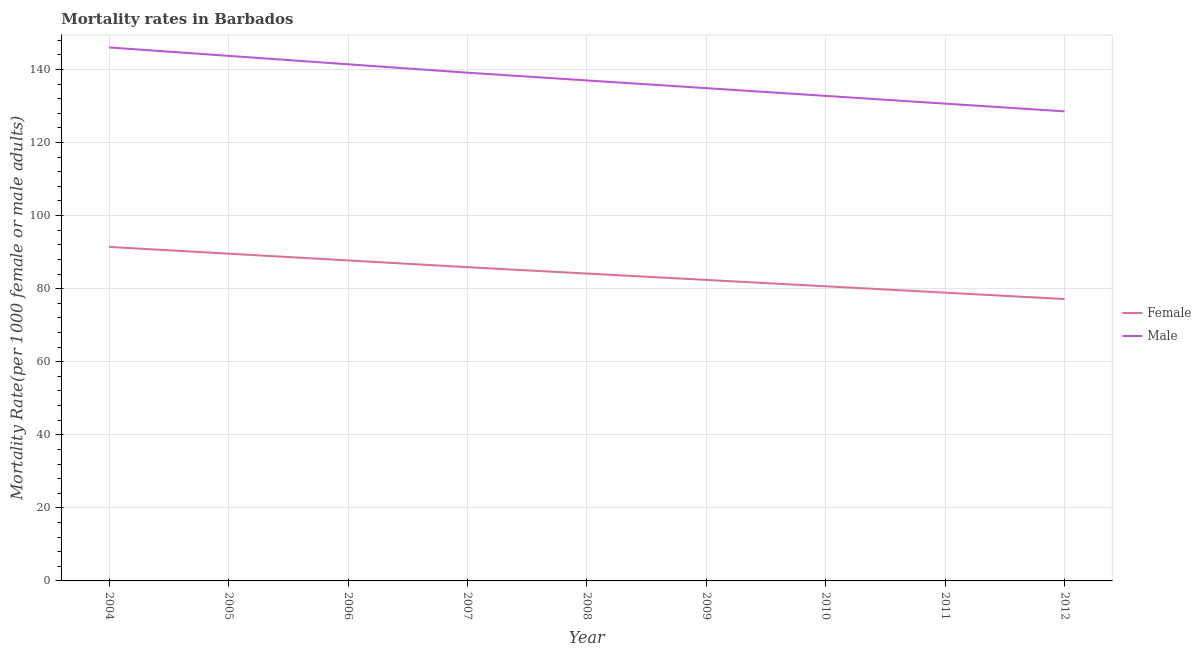
| Year | Female | Male |
 | --- | --- | --- |
 | 2004 | 91.4 | 146 |
 | 2005 | 89.6 | 144 |
 | 2006 | 87.7 | 141 |
 | 2007 | 85.9 | 139 |
 | 2008 | 84.1 | 137 |
 | 2009 | 82.4 | 135 |
 | 2010 | 80.6 | 133 |
 | 2011 | 78.9 | 131 |
 | 2012 | 77.2 | 129 |